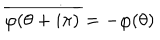
LaTeX: \overline { { { \varphi ( \theta + i \pi ) } } } = - \varphi ( \theta )